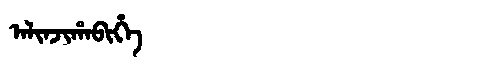
Manchu: ᠠᠯᡳᠨᠵᡳᡥᠠᠪᡳᡥᡝ
Romanization: ALINJIHABIHE